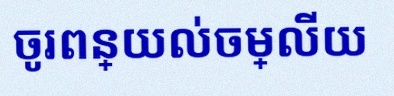
ចូរពន្យល់ចម្លើយ